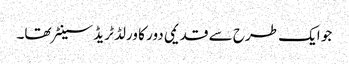
جو ایک طرح سے قدیمی دور کا ورلڈ ٹریڈ سینٹر تھا۔